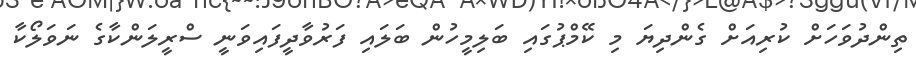
ތިންދުވަހަށް ކުރިއަށް ގެންދިޔަ މި ކޭމްޕުގައި ބަލިމީހުން ބަލައި ފަރުވާދީފައިވަނީ ސްރީލަންކާގެ ނަވަލޯކާ